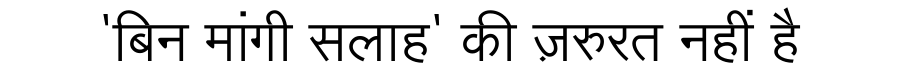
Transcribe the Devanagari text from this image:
'बिन मांगी सलाह' की ज़रुरत नहीं है